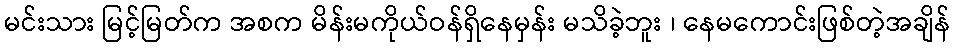
မင်းသား မြင့်မြတ်က အစက မိန်းမကိုယ်ဝန်ရှိနေမှန်း မသိခဲ့ဘူး ၊ နေမကောင်းဖြစ်တဲ့အချိန်